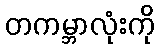
တကမ္ဘာလုံးကို